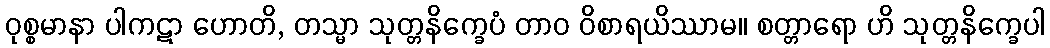
ဝုစ္စမာနာ ပါကဋာ ဟောတိ, တသ္မာ သုတ္တနိက္ခေပံ တာဝ ဝိစာရယိဿာမ။ စတ္တာရော ဟိ သုတ္တနိက္ခေပါ